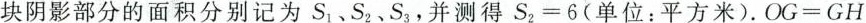
块阴影部分的面积分别记为 S_{1}、S_{2},S_{3}，并测得 $$ S_{2} =6 $$ 单位：平方米).OG=GH